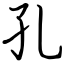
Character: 孔